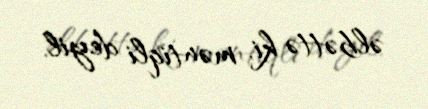
əlbəttə ki, məntiqli deyil.